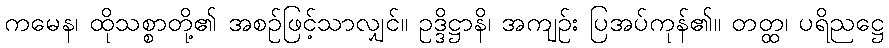
ကမေန၊ ထိုသစ္စာတို့၏ အစဉ်ဖြင့်သာလျှင်။ ဥဒ္ဒိဋ္ဌာနိ၊ အကျဉ်း ပြအပ်ကုန်၏။ တတ္ထ၊ ပရိညဋ္ဌေ